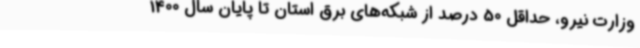
وزارت نیرو، حداقل 50 درصد از شبکه‌های برق استان تا پایان سال 1400